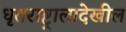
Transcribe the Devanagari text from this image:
धृतराष्ट्रालादेखील